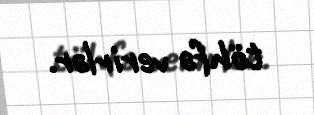
töhfə verirlər.